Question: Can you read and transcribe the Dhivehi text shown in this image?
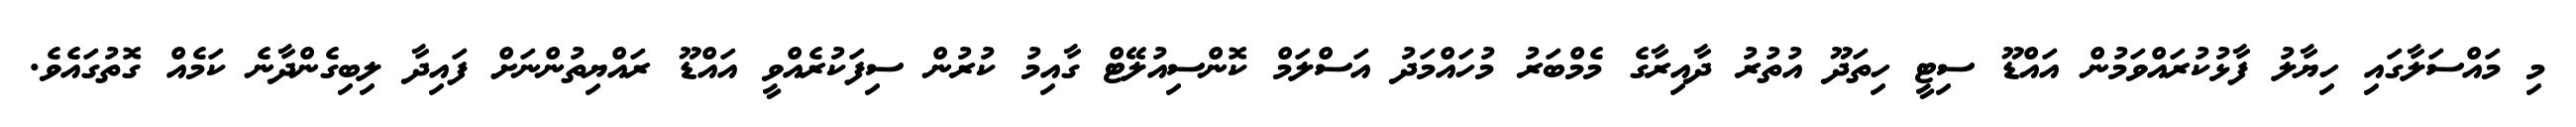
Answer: މި މައްސަލާގައި ހިޔާލު ފާޅުކުރައްވަމުން އައްޑޫ ސިޓީ ހިތަދޫ އުތުރު ދާއިރާގެ މެމްބަރު މުހައްމަދު އަސްލަމް ކޮންސިއުލޭޓް ގާއިމު ކުރުން ސިފަކުރެއްވީ އައްޑޫ ރައްޔިތުންނަށް ފައިދާ ލިބިގެންދާނެ ކަމެއް ގޮތުގައެވެ.